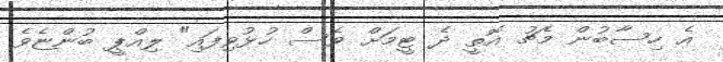
އެ ހިސާބުން މެޗު އޮތީ ދެ ޓީމަށް ވެސް ހުޅުވިފައި" ލިއްޕީ ބުންޏެވެ.